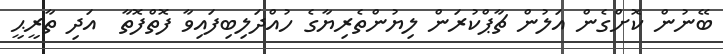
ބޭނުން ކޮށްގެން އަލުން ޗާޕްކުުރަން ލިޔުންތެރިޔާގެެ ހުއްދަލިބިފައިވާ ފޮތްފޮތާ  އަދި ތާރީޙީ